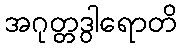
အဂုတ္တဒွါရောတိ